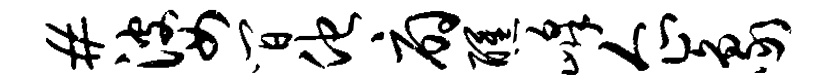
#婆间他扇醺峰企象